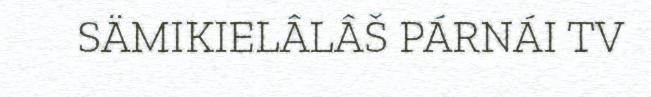
SÄMIKIELÂLÂŠ PÁRNÁI TV